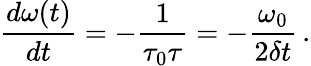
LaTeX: \frac{d\omega(t)}{dt}=-\frac{1}{\tau_{0}\tau}=-\frac{\omega_{0}}{2\delta t}\, .